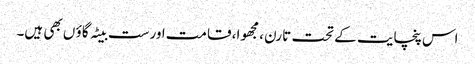
اس پنچایت کے تحت تارن ، مجھوا، قامت اورست بیٹہ گاؤ ں بھی ہیں۔